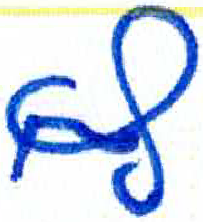
אות: ף